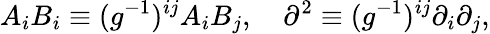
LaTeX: A_{i}B_{i}\equiv(g^{-1})^{ij}A_{i}B_{j},\quad\partial^{2}\equiv(g^{-1})^{ij}\partial_{i}\partial_{j},